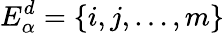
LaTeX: E_{\alpha}^{d}=\{ i,j,\dots,m\}